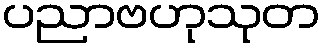
ပညာဗဟုသုတ